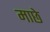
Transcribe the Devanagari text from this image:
माछे